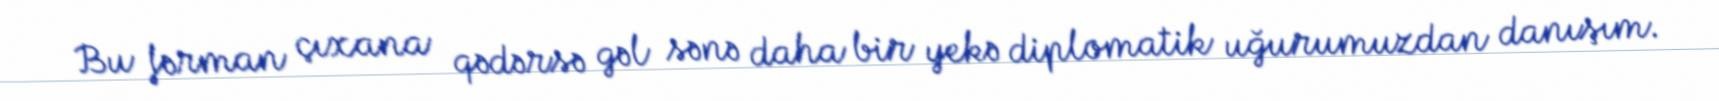
Bu fərman çıxana qədərsə gəl sənə daha bir yekə diplomatik uğurumuzdan danışım.